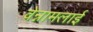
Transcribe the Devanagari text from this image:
वेन्नामलाई